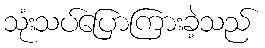
သုံးသပ်ပြောကြားခဲ့သည်